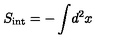
S _ { \mathrm { i n t } } = - \int \! d ^ { 2 } x \,